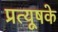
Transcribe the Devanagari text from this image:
प्रत्यूषके